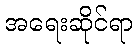
အရေးဆိုင်ရာ